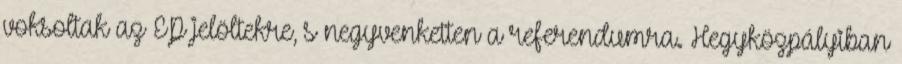
voksoltak az EP jelöltekre, s negyvenketten a referendumra. Hegyközpályiban